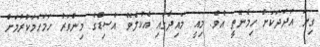
ގިނަ އަދަދަކަށް ހިމެނޭތީ އެވެ. މިއީ މައިދާގައި އެކުލެވޭ އެސިޑްގެ މިންވަރު ހަމަހަމަކުރުމަށް